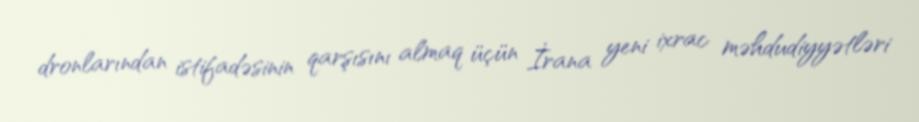
dronlarından istifadəsinin qarşısını almaq üçün İrana yeni ixrac məhdudiyyətləri